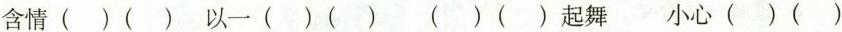
含情( )( ) 以一( )( ) ( )( )起舞 小心( )( )